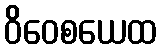
ဝိဝေစယေထ